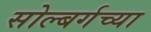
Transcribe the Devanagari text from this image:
सोल्बर्गच्या